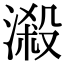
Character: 𣻑